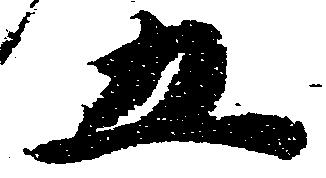
五